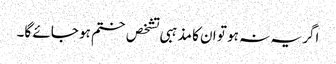
اگر یہ نہ ہو تو ان کا مذہبی تشخص ختم ہو جائے گا۔